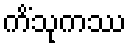
ကိံသုကဿ